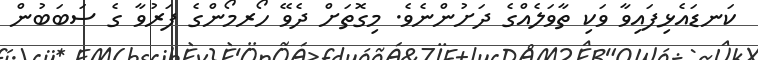
ކަނޑައެޅިފައިވާ ވަކި ތާވަލެއްގެ ދަށުންނެވެ. މިގޮތަށް ދެވޭ ހޯރމޯންގެ ފަރުވާ ގެ ސަބަބުން